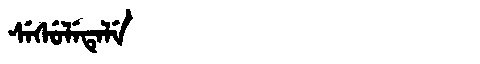
Manchu: ᠰᡝᠰᡠᠯᡝᡨᡝᠯᡝ
Romanization: SESULETELE